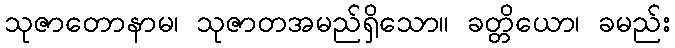
သုဇာတောနာမ၊ သုဇာတအမည်ရှိသော။ ခတ္တိယော၊ ခမည်း